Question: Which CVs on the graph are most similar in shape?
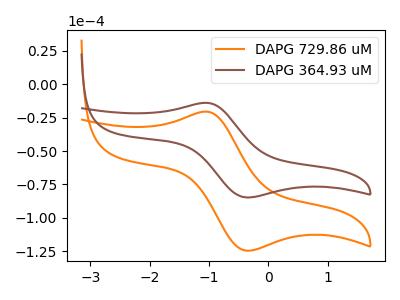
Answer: <think>The orange curve "DAPG 729.86 uM" has an anodic peak at (-1.05V, -20.60uA) and a cathodic peak at (-0.35V, -124.45uA). The brown curve "DAPG 364.93 uM" has an anodic peak at (-1.05V, -14.00uA) and a cathodic peak at (-0.35V, -84.70uA).
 All the peaks in "DAPG 729.86 uM" have a peak in "DAPG 364.93 uM" at the same potential.</think>
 <answer>"DAPG 364.93 uM" and "DAPG 729.86 uM" have the same shape and are likely CV's of the same chemical.</answer>
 <eval>"DAPG 364.93 uM" "DAPG 729.86 uM"</eval>